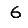
Digit: 6